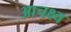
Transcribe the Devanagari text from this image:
आचक्ष्व